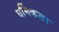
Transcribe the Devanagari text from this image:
धर्मिकता